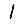
Digit: 1